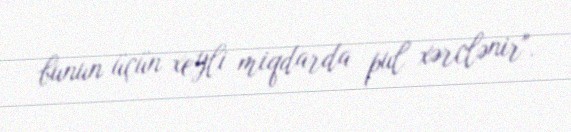
bunun üçün xeyli miqdarda pul xərclənir".